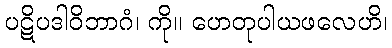
ပဋိပဒါဝိဘာဂံ၊ ကို။ ဟေတုပါယဖလေဟိ၊